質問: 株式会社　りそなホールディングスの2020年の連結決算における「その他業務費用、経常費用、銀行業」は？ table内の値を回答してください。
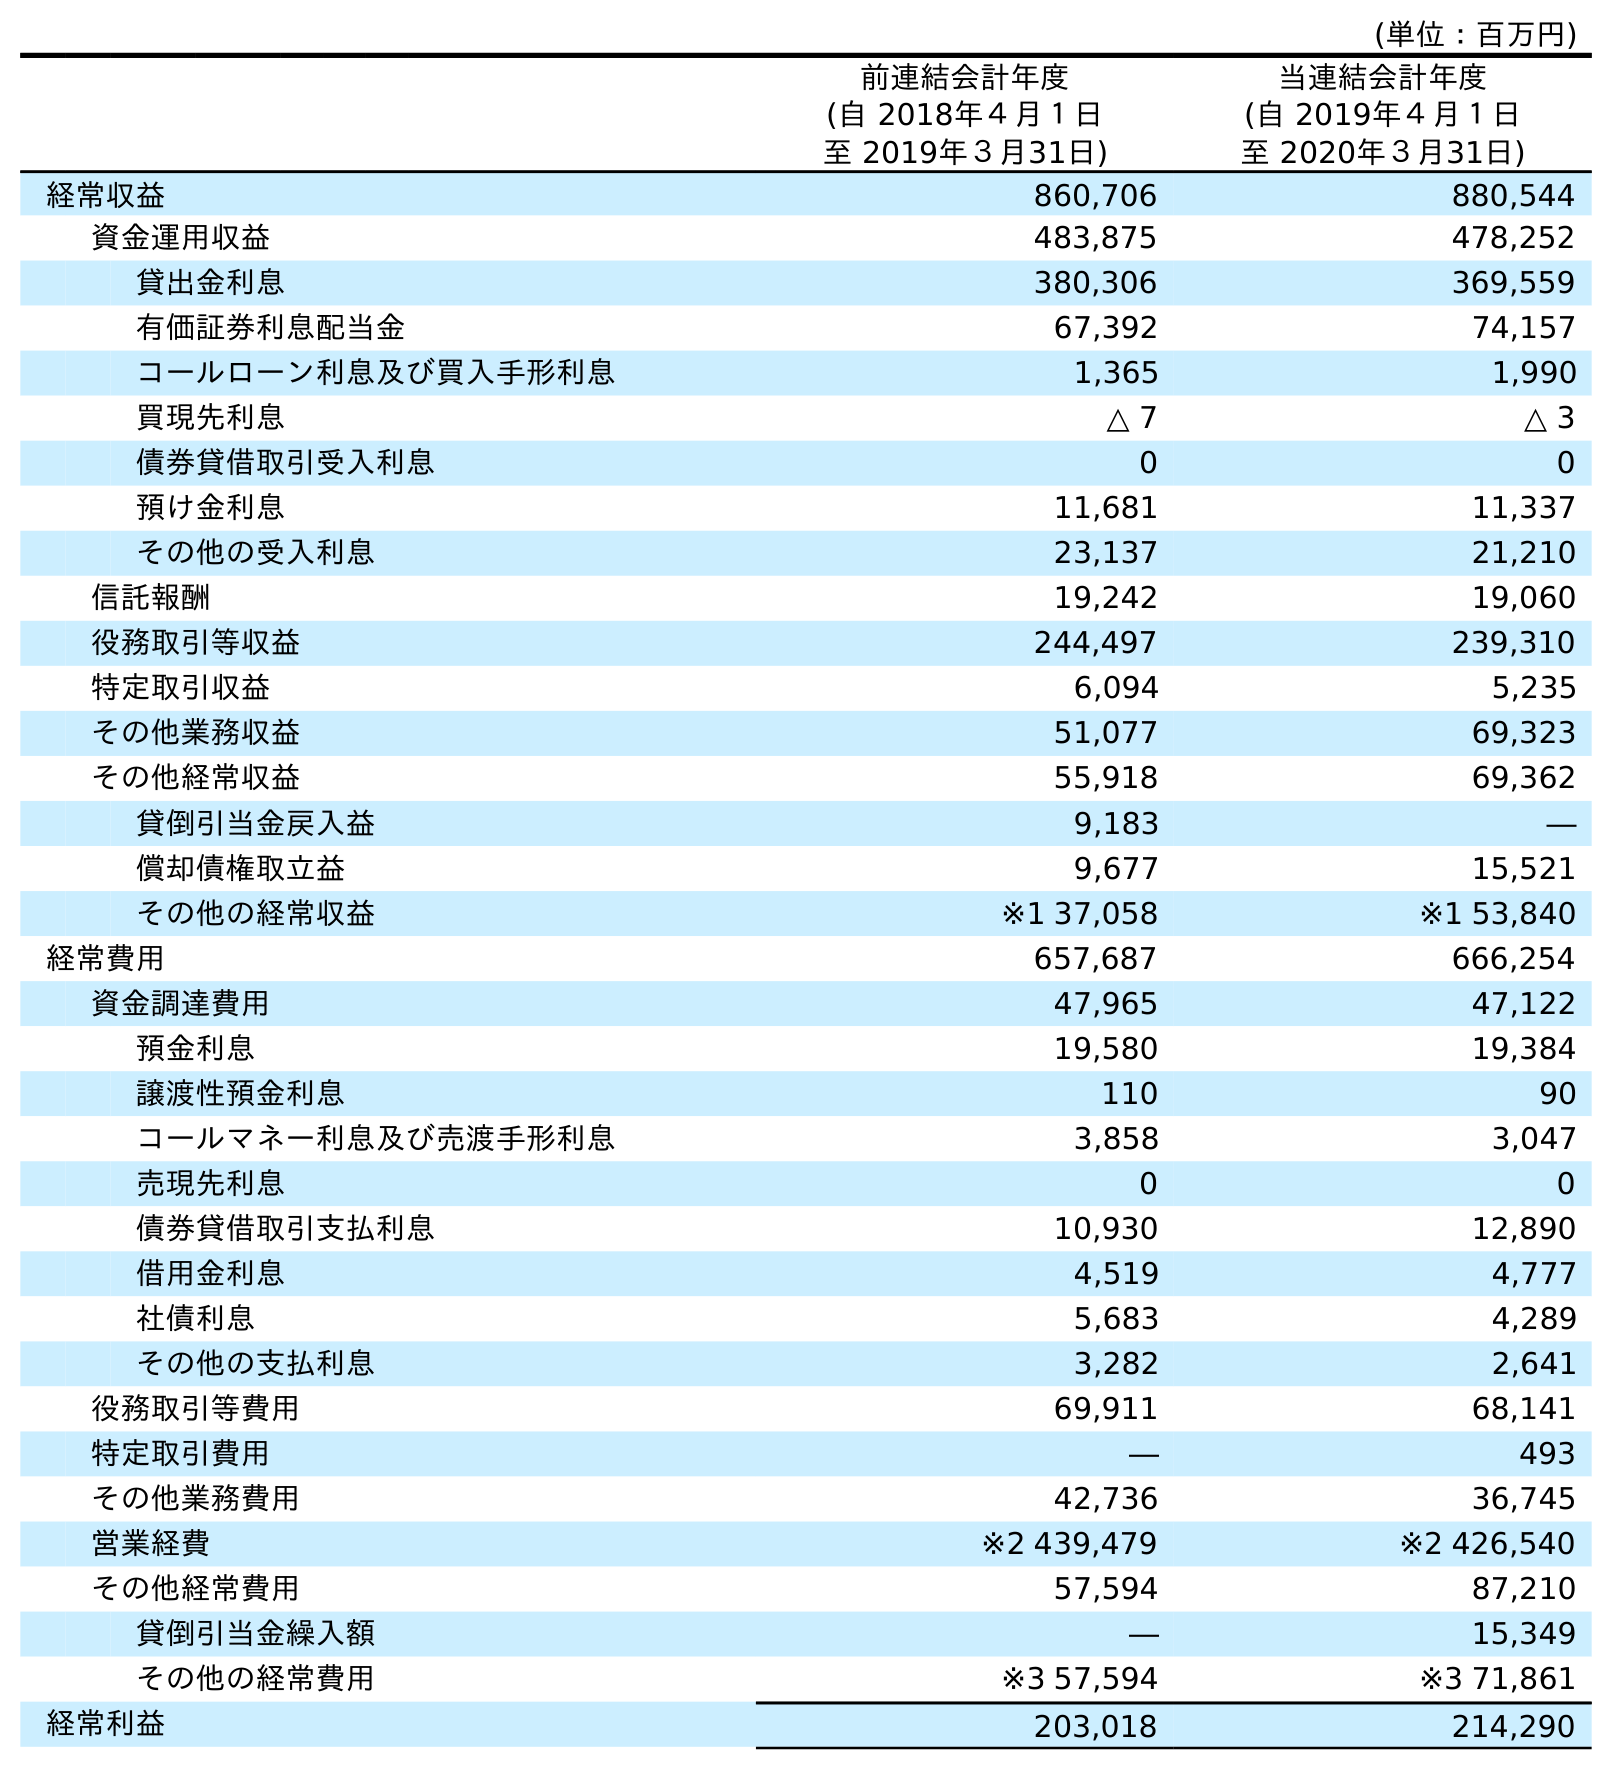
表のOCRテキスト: (単位：百万円) 前連結会計年度 (自 2018年４月１日 至 2019年３月31日) 当連結会計年度 (自 2019年４月１日 至 2020年３月31日) 経常収益 860,706 880,544 資金運用収益 483,875 478,252 貸出金利息 380,306 369,559 有価証券利息配当金 67,392 74,157 コールローン利息及び買入手形利息 1,365 1,990 買現先利息 △ 7 △ 3 債券貸借取引受入利息 0 0 預け金利息 11,681 11,337 その他の受入利息 23,137 21,210 信託報酬 19,242 19,060 役務取引等収益 244,497 239,310 特定取引収益 6,094 5,235 その他業務収益 51,077 69,323 その他経常収益 55,918 69,362 貸倒引当金戻入益 9,183 ― 償却債権取立益 9,677 15,521 その他の経常収益 ※1 37,058 ※1 53,840 経常費用 657,687 666,254 資金調達費用 47,965 47,122 預金利息 19,580 19,384 譲渡性預金利息 110 90 コールマネー利息及び売渡手形利息 3,858 3,047 売現先利息 0 0 債券貸借取引支払利息 10,930 12,890 借用金利息 4,519 4,777 社債利息 5,683 4,289 その他の支払利息 3,282 2,641 役務取引等費用 69,911 68,141 特定取引費用 ― 493 その他業務費用 42,736 36,745 営業経費 ※2 439,479 ※2 426,540 その他経常費用 57,594 87,210 貸倒引当金繰入額 ― 15,349 その他の経常費用 ※3 57,594 ※3 71,861 経常利益 203,018 214,290
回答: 36,745